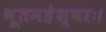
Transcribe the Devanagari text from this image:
भूतमहेश्वरः।